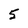
Character: 5